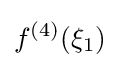
f^{(4)}(\xi _{1})